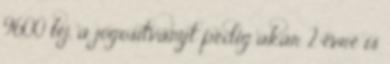
9600 lej, a jogosítványt pedig akár 2 évre is